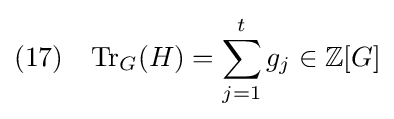
(17)\quad \mathrm {Tr} _{G}(H)=\sum _{j=1}^{t}g_{j}\in \mathbb {Z} [G]